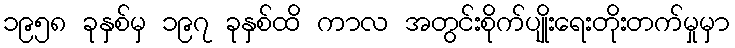
၁၉၅၈ ခုနှစ်မှ ၁၉၇ ခုနှစ်ထိ ကာလ အတွင်းစိုက်ပျိုးရေးတိုးတက်မှုမှာ